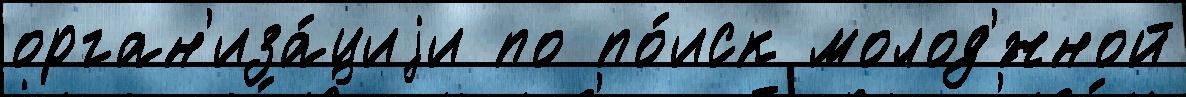
орган'иза́циjи по по́иск молод'́жной